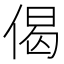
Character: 偈